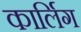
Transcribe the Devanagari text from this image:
कार्लिग